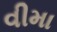
વીમા